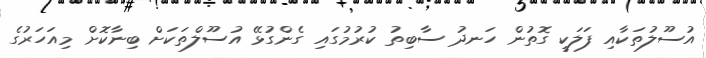
އުސޫލުތަކާއި ފަލަކީ ގޮތުން ހަނދު ސާބިތު ކުރުމުގައި ގެންގުޅޭ އުސޫލްތަކަށް ބިނާކޮށް މިއަހަރުގެ